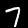
Label: 7